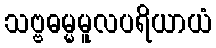
သဗ္ဗဓမ္မမူလပရိယာယံ